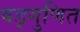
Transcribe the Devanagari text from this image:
षड्गुणित